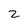
Character: 2